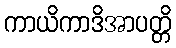
ကာယိကာဒိအာပတ္တိ